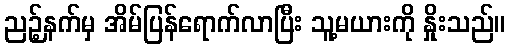
ညဉ့်နက်မှ အိမ်ပြန်ရောက်လာပြီး သူ့မယားကို နှိုးသည်။